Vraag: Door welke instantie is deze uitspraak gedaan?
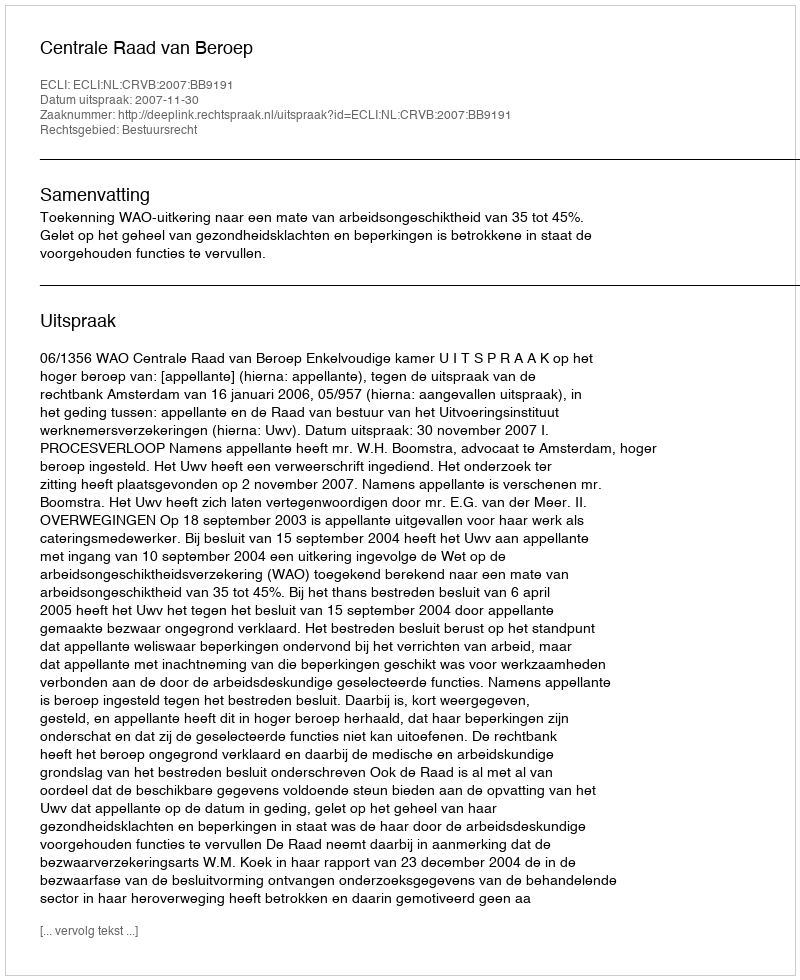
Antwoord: Centrale Raad van Beroep